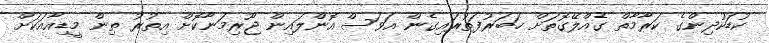
ކުޑަކުދިންގެ ކަރާމާތް ގެއްލޭގޮތަށް ޚަބަރުފަތުރައިގެން އަވަސް އޮންލައިން ޖޫރިމަނާކޮށް އިތުރު ތިން މީޑިއާއަކަށް